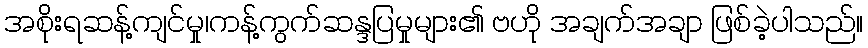
အစိုးရဆန့်ကျင်မှု၊ကန့်ကွက်ဆန္ဒပြမှုများ၏ ဗဟို အချက်အချာ ဖြစ်ခဲ့ပါသည်။